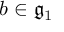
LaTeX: b \in { \mathfrak { g } } _ { 1 }